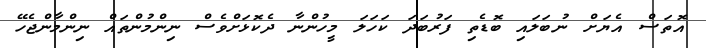
އޮތަސް އެޔަށް ނުބަލައި ބޮޑެތި ފަރުބަދަ ކަހަލަ މީހުންނާ ދެކޮޅަށްވެސް ނިންމުންތައް ނިންމާންޖެހޭ